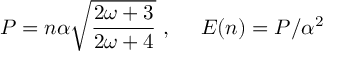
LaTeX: P = n \alpha \sqrt { \frac { 2 \omega + 3 } { 2 \omega + 4 } } \ , \ \ \ \ E ( n ) = P / \alpha ^ { 2 }